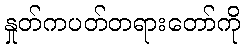
နှုတ်ကပတ်တရားတော်ကို